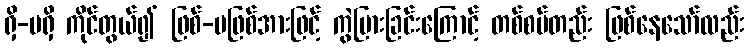
ရှိ-မရှိ ကိုင်တွယ်၍ ဖြစ်-မဖြစ်အားဖြင့် ကွဲပြားခြင်းကြောင့် တစ်စပ်တည်း ဖြစ်နေသော်လည်း